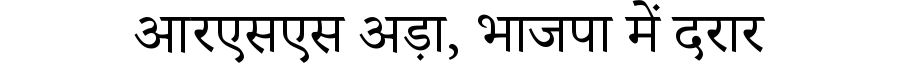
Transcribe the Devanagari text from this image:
आरएसएस अड़ा, भाजपा में दरार